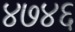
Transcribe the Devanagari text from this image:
४७४६